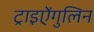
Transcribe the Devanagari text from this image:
ट्राइऐंगुलिन